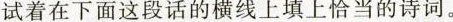
试着在下面这段话的横线上填上恰当的诗词。